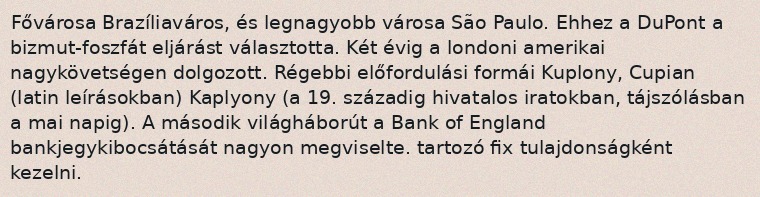
Fővárosa Brazíliaváros, és legnagyobb városa São Paulo. Ehhez a DuPont a bizmut-foszfát eljárást választotta. Két évig a londoni amerikai nagykövetségen dolgozott. Régebbi előfordulási formái Kuplony, Cupian (latin leírásokban) Kaplyony (a 19. századig hivatalos iratokban, tájszólásban a mai napig). A második világháborút a Bank of England bankjegykibocsátását nagyon megviselte. tartozó fix tulajdonságként kezelni.